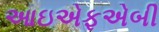
આઇએફએબી